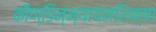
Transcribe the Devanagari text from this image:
काैण्डिन्न्यायनशिक्षा